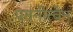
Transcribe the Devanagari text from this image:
पतनीत्वेन